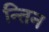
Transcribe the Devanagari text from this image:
न्तिन